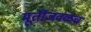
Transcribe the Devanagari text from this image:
मूर्तीजवळच